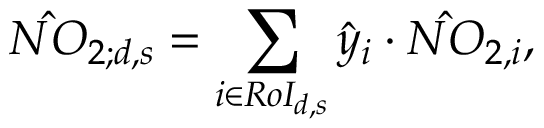
\hat { N O } _ { 2 ; d , s } = \sum _ { i \in R o I _ { d , s } } \hat { y } _ { i } \cdot \hat { N O } _ { 2 , i } ,